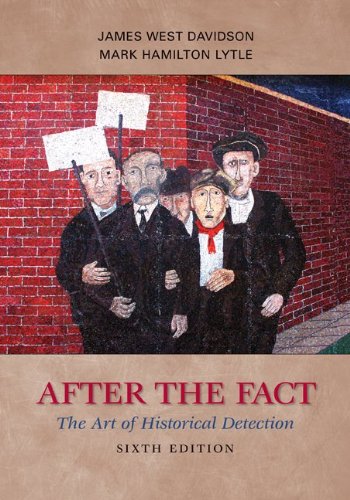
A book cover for After the Fact: The Art of Historical Detection; James West Davidson; History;